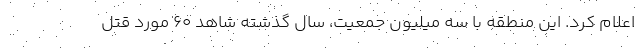
اعلام کرد. این منطقه با سه میلیون جمعیت، سال گذشته شاهد ۶۰ مورد قتل